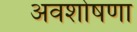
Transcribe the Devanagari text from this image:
अवशोषणा